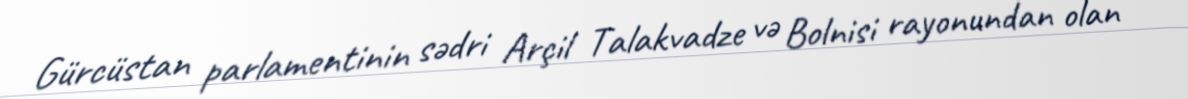
Gürcüstan parlamentinin sədri Arçil Talakvadze və Bolnisi rayonundan olan